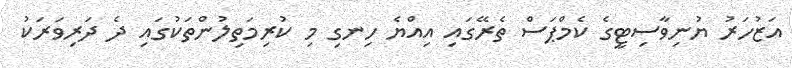
އަޒުހަރު ޔުނިވާސިޓީގެ ކެމްޕަސް ތެރޭގައި އިއްޔެ ހިނގި މި ކުރިމަތިލުންތަކުގައި ދެ ދަރިވަރަކު